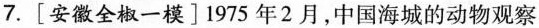
7.[安徽全椒一模]1975年2月，中国海城的动物观察